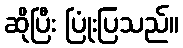
ဆိုပြီး ပြုံးပြသည်။